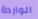
الواردة